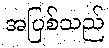
အပြစ်သည်